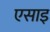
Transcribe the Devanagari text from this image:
एसाइ